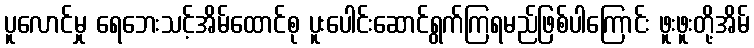
ပူလောင်မှု ရေဘေးသင့်အိမ်ထောင်စု ပူးပေါင်းဆောင်ရွက်ကြရမည်ဖြစ်ပါကြောင်း ဖူးဖူးတို့အိမ်